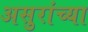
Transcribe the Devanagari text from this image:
असुरांच्या